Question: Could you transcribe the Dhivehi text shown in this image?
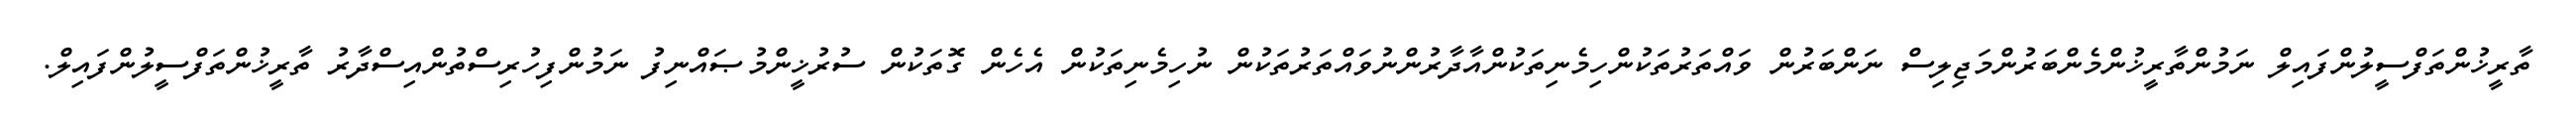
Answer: ތާރީޚުންތަފްސީލުންފައިލް ނަމުންތާރީޚުންމެންބަރުންމަޖިލިސް ނަންބަރުން ވައްތަރުތަކުންހިމެނިތަކުންއާދާރުންނުވައްތަރުތަކުން ނުހިމެނިތަކުން އެހެން ގޮތަކުން ސުރުޚީންމުޞައްނިފު ނަމުންފިހުރިސްތުންއިސްދާރު ތާރީޚުންތަފްސީލުންފައިލް.